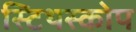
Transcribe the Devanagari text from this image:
स्टिथस्कोप